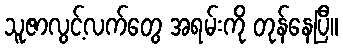
သူဇာလွင့်လက်တွေ အရမ်းကို တုန်နေပြီ။